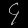
Digit: ၄